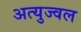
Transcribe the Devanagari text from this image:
अत्युज्वल